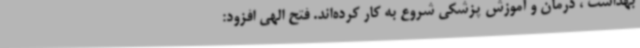
بهداشت ، درمان و آموزش پزشکی شروع به کار کرده‌اند. فتح الهی افزود: